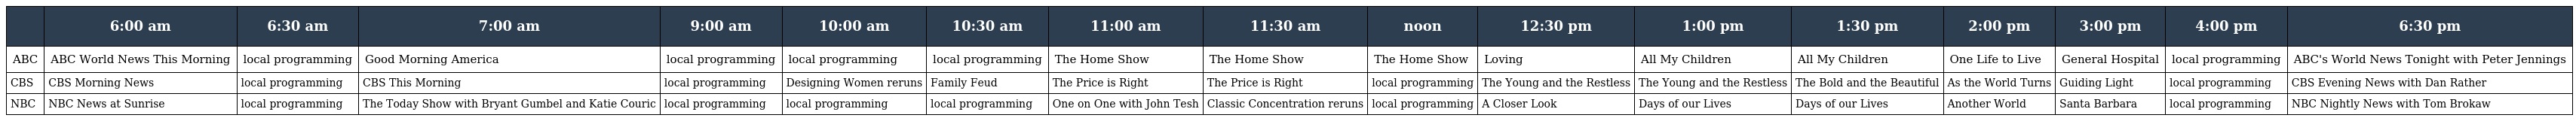
|  | 6:00 am | 6:30 am | 7:00 am | 9:00 am | 10:00 am | 10:30 am | 11:00 am | 11:30 am | noon | 12:30 pm | 1:00 pm | 1:30 pm | 2:00 pm | 3:00 pm | 4:00 pm | 6:30 pm |
 | --- | --- | --- | --- | --- | --- | --- | --- | --- | --- | --- | --- | --- | --- | --- | --- | --- |
 | ABC | ABC World News This Morning | local programming | Good Morning America | local programming | local programming | local programming | The Home Show | The Home Show | The Home Show | Loving | All My Children | All My Children | One Life to Live | General Hospital | local programming | ABC's World News Tonight with Peter Jennings |
 | CBS | CBS Morning News | local programming | CBS This Morning | local programming | Designing Women reruns | Family Feud | The Price is Right | The Price is Right | local programming | The Young and the Restless | The Young and the Restless | The Bold and the Beautiful | As the World Turns | Guiding Light | local programming | CBS Evening News with Dan Rather |
 | NBC | NBC News at Sunrise | local programming | The Today Show with Bryant Gumbel and Katie Couric | local programming | local programming | local programming | One on One with John Tesh | Classic Concentration reruns | local programming | A Closer Look | Days of our Lives | Days of our Lives | Another World | Santa Barbara | local programming | NBC Nightly News with Tom Brokaw |